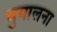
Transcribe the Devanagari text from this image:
गुगालना